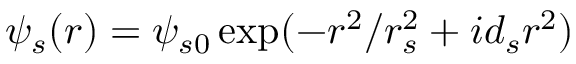
\psi _ { s } ( r ) = \psi _ { s 0 } \exp ( - r ^ { 2 } / r _ { s } ^ { 2 } + i d _ { s } r ^ { 2 } )